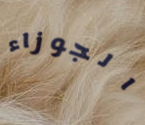
الجوزاء